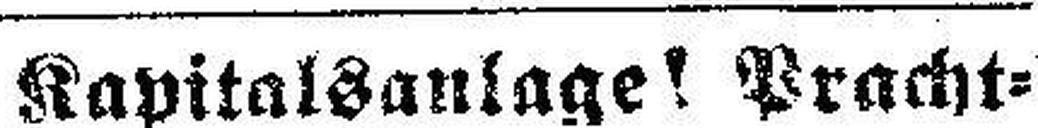
Kapitalsanlage! Pracht¬